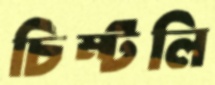
চিম্‌টলি